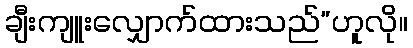
ချီးကျူးလျှောက်ထားသည်”ဟူလို။